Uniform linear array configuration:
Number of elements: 24
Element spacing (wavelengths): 0.5
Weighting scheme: uniform
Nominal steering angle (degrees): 30
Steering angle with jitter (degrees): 28.59
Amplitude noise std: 0.05
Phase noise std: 0.05

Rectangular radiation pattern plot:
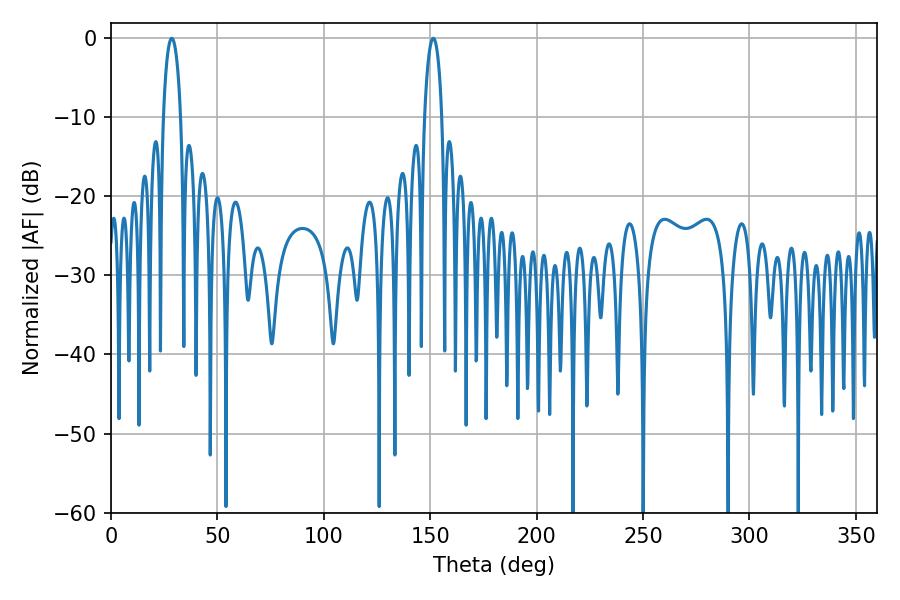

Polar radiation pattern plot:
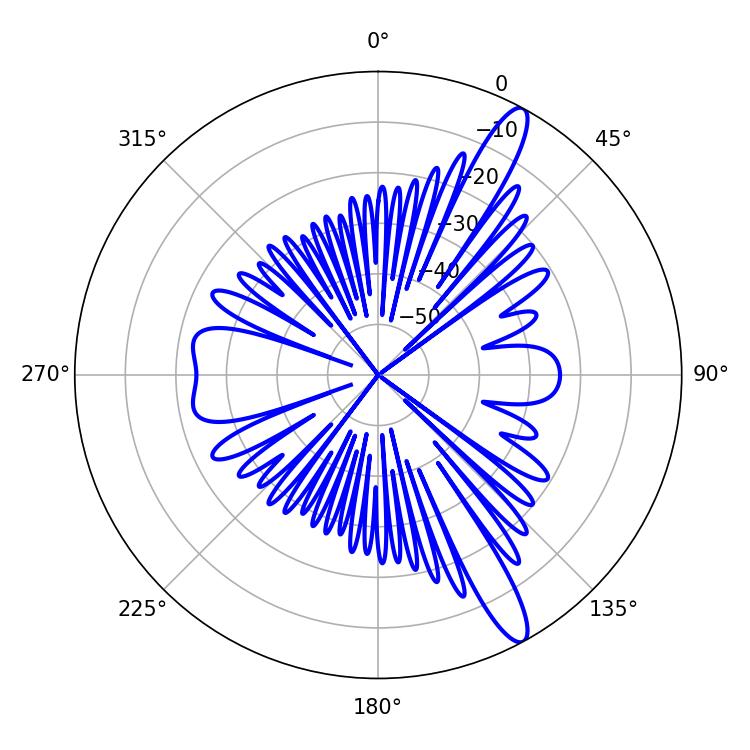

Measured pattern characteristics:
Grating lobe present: FALSE
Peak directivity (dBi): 13.57
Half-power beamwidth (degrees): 4.68
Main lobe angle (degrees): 28.62